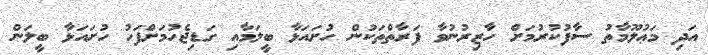
އަދި މަޢުލޫމާތު ސާފުކުރުމަށް ހާޒިރުނުވާ ފަރާތްތަކުން ހުށައަޅާ ބީލަމާއި ގަޑިޖެހުމަށްފަހު ހުށައަޅާ ބީލަން